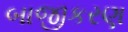
બાજીકરણ